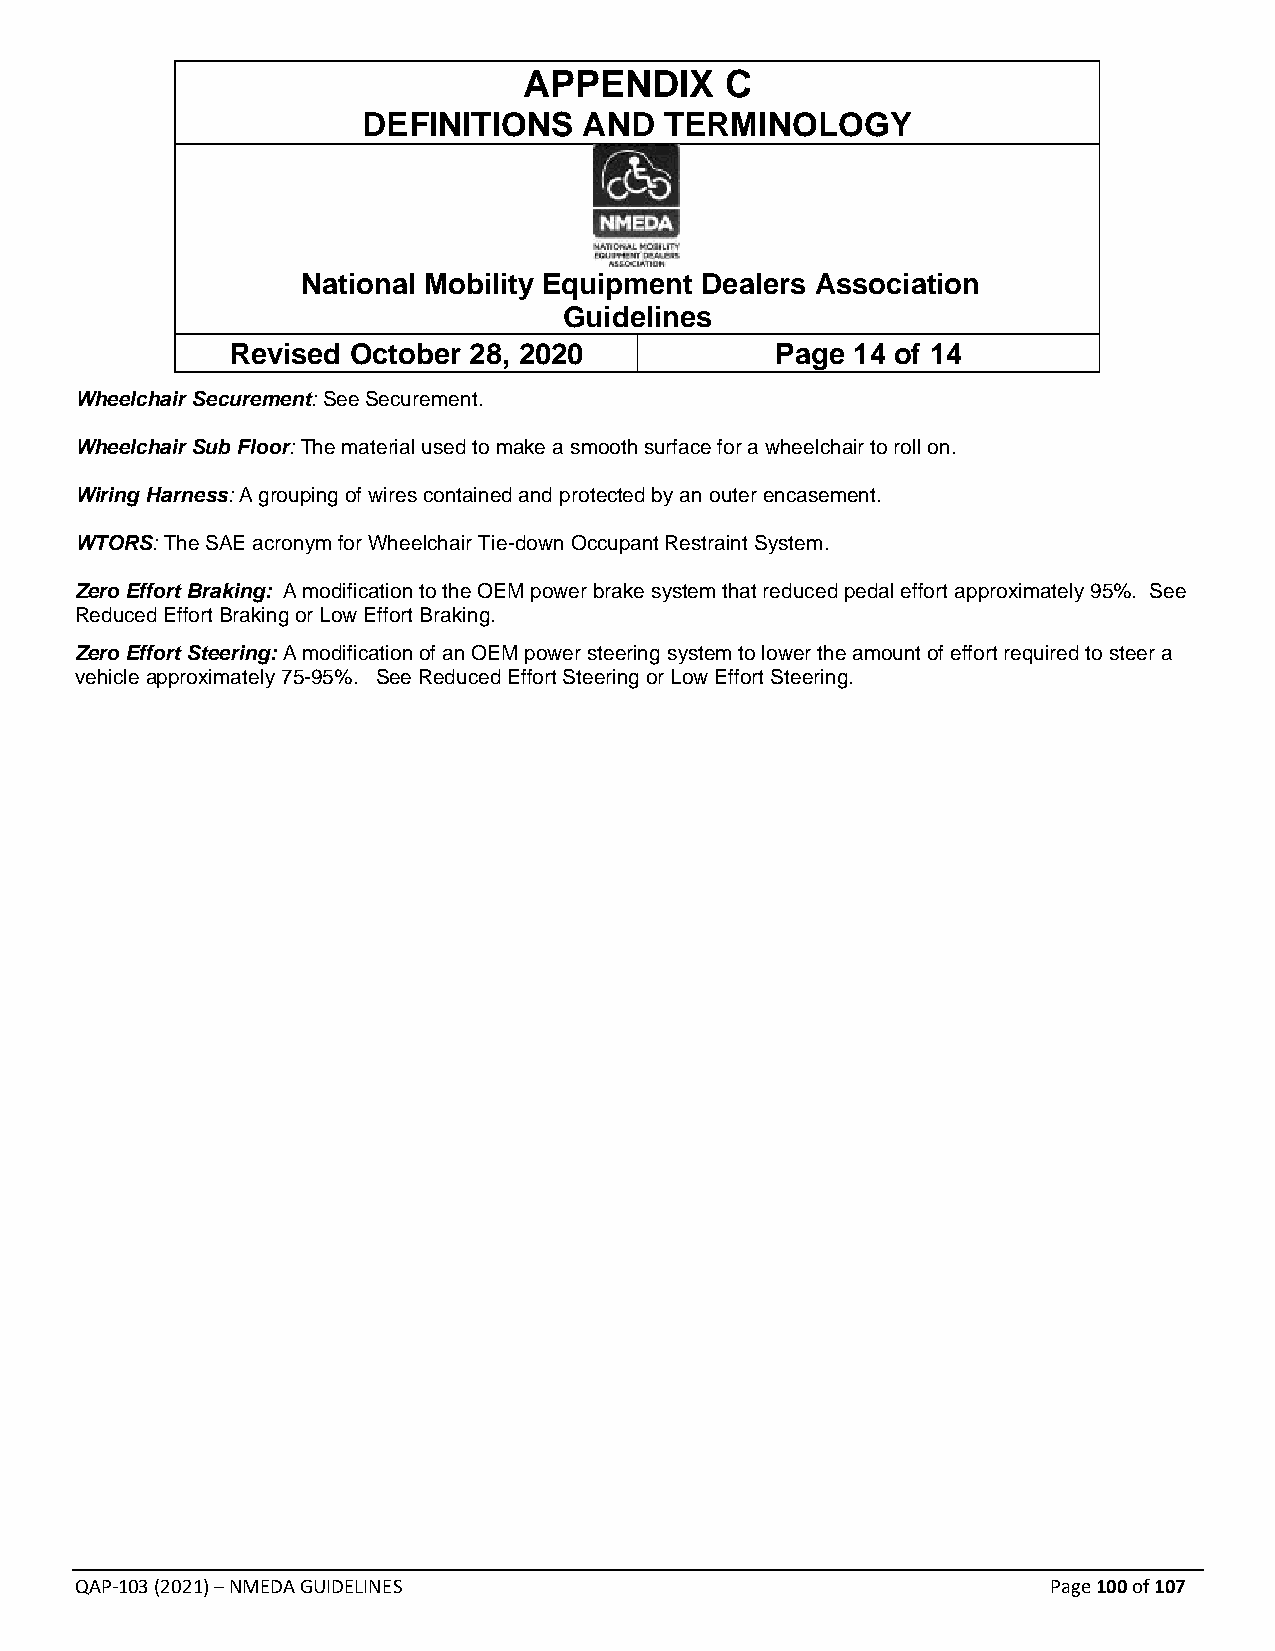
APPENDIX     C
 DEFINITIONS    AND  TERMINOLOGY
 National Mobility Equipment Dealers Association
 Guidelines
 Revised October 28, 2020            Page 14 of 14
 Wheelchair Securement: See Securement.
 Wheelchair Sub Floor: The material used to make a smooth surface for a wheelchair to roll on.
 Wiring Harness: A grouping of wires contained and protected by an outer encasement.
 WTORS: The SAE acronym for Wheelchair Tie-down Occupant Restraint System.
 Zero Effort Braking: A modification to the OEM power brake system that reduced pedal effort approximately 95%. See
 Reduced Effort Braking or Low Effort Braking.
 Zero Effort Steering: A modification of an OEM power steering system to lower the amount of effort required to steer a
 vehicle approximately 75-95%. See Reduced Effort Steering or Low Effort Steering.
 QAP-103 (2021) – NMEDA GUIDELINES                                Page 100 of 107